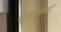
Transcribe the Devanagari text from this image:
कलाफलकों